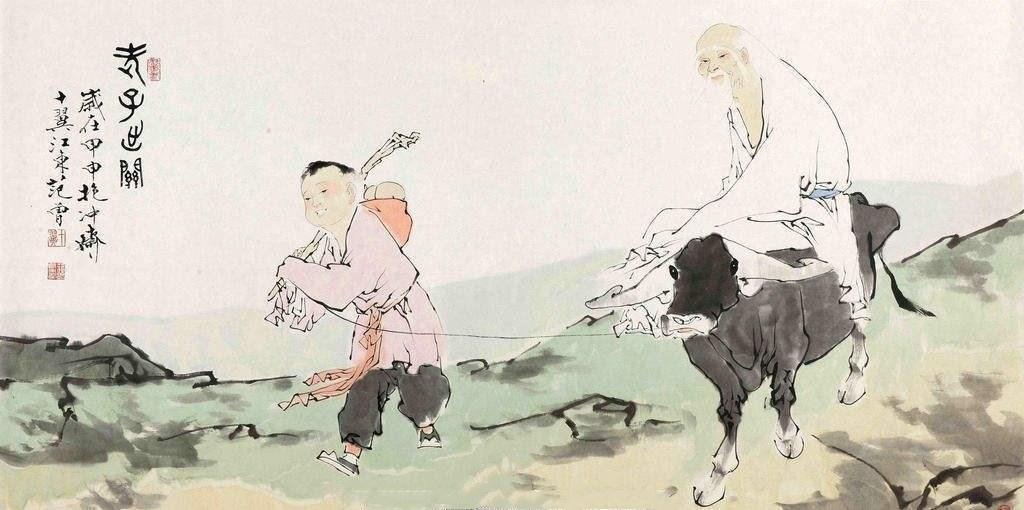
勇于敢则杀，勇于不敢则活。